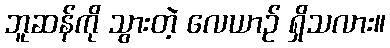
ဘူဆန်ကို သွားတဲ့ လေယာဉ် ရှိသလား။